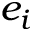
e _ { i }